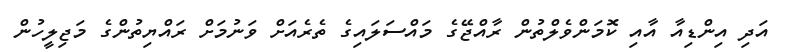
އަދި އިންޑިއާ އާއި ކޮމަންވެލްތުން ރާއްޖޭގެ މައްސަލައިގެ ތެރެއަށް ވަނުމަށް ރައްޔިތުންގެ މަޖިލީހުން